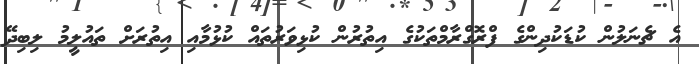
އެ ޗެނަލުން ކުޑަކުދިންގެ ފްރޮގްރާމްތަކުގެ އިތުރުން ކުޅިވަރުތައް ކުޅުމާއި އިތުރަށް ތައުލީމު ލިބިދޭ